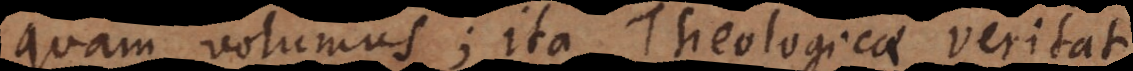
quam volumus; ita Theologicae veritati